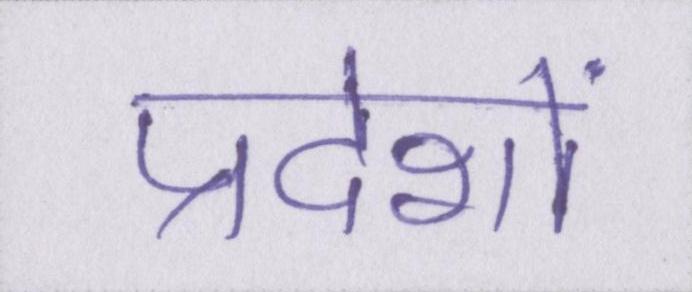
प्रदेशों